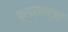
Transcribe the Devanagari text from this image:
प्रदर्शनगृहों